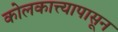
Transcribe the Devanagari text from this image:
कोलकात्त्यापासून